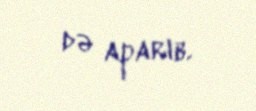
də aparıb.